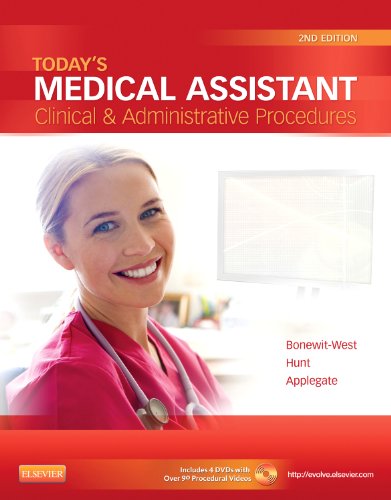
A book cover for Today's Medical Assistant: Clinical & Administrative Procedures, 2e; Kathy Bonewit-West BS  MEd; Medical Books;